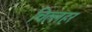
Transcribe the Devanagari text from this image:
चिल्लहर